system: You are a helpful assistant.
user:
Analyze the provided spectrum to determine if it is a **Carbon Star (C-type)**.

- **Key Visual Indicators of Carbon Star:**
    - **(Primary):** Strong molecular absorption from **C₂ (diatomic carbon) "Swan Bands."** This is the **defining feature** of a carbon star.
        - **(Key Bandheads):** Sharp absorption edges are visible at approximately $5635$ Å, $5165$ Å (the strongest band), and $4737$ Å.
        - **(Line Profile):** Creates a distinct **"saw-tooth"** pattern. The key morphology is a sharp, steep bandhead on the **red (long-wavelength) side**, which then gradually tapers off (i.e., flux recovers) towards the **blue (short-wavelength) side**. *(This is the direct opposite of the TiO bands seen in M-type stars)*.

    - **(Secondary):** Intense **CN (cyanogen)** molecular absorption bands.
        - **(Key Bandheads):** Located in the blue and violet regions of the spectrum (e.g., near $4215$ Å and $3883$ Å).
        - **(Morphology):** These bands are extremely broad and act as a "blanket," absorbing the vast majority of blue and violet light. This creates a characteristic **"cliff"** or **"steep drop-off"** in the spectrum's flux at short wavelengths.

    - **(Key Confirmation):** Strong **CH absorption band (G-band)**.
        - **(Key Bandhead):** Located around $4300$ Å. The contribution from CH molecules to this band is exceptionally strong.

    - **(Overall Spectrum):**
        - The continuum is severely "chopped up" by these deep molecular bands, especially C₂, rather than appearing as a smooth curve.
        - Due to the heavy CN and C₂ absorption in the blue-green, the vast majority of the star's flux is concentrated in the red part of the spectrum, giving the star its characteristic deep red color.

Think first, call **spectral_visualization_tool** if needed to examine features in detail, then provide your final answer. Your response must adhere to the following strict rules:
1.  **Overall Structure:** Your response must follow the format `<think>...</think> <tool_call>...</tool_call> (if a tool is used) <answer>...</answer>`.
2.  **Tool Usage Constraint:** You may only make **one** tool call per turn.
3.  **Final Answer Format:** In the `<answer>` tag, your conclusion must be inside a `\boxed{}` command (e.g., `\boxed{YES}`), followed by your justification.

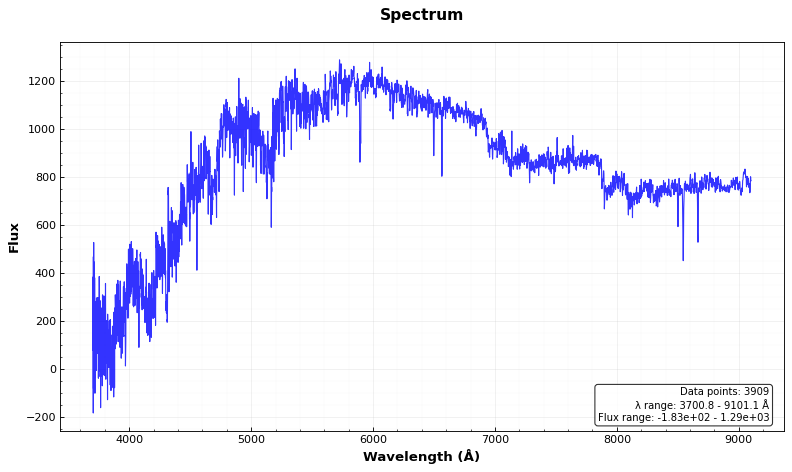
Answer: YES